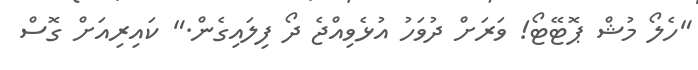
"ހެލޯ މުޝް ޕޮޓޭޓޯ! ވަރަށް ދުވަހު އުޅެވިއްޖެ ދޯ ފިލައިގެން." ކައިރިއަށް ގޮސް